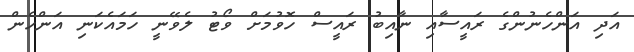
އަދި އަންހެނުންގެ ރައީސާއި ނާއިބު ރައީސް ހޮވުމަށް ވޯޓު ލެވޭނީ ހަމައެކަނި އަންހެން